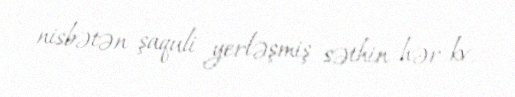
nisbətən şaquli yerləşmiş səthin hər kv.